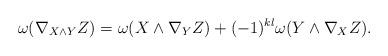
LaTeX: \begin{align*}\omega(\nabla_{X\wedge Y} Z)=\omega(X\wedge \nabla_Y Z)+(-1)^{kl}\omega(Y\wedge \nabla_X Z).\end{align*}